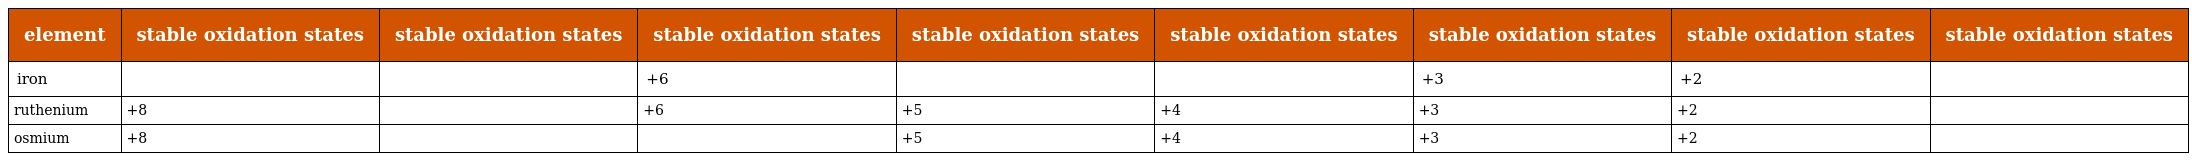
| element | stable oxidation states | stable oxidation states | stable oxidation states | stable oxidation states | stable oxidation states | stable oxidation states | stable oxidation states | stable oxidation states |
 | --- | --- | --- | --- | --- | --- | --- | --- | --- |
 | iron |  |  | +6 |  |  | +3 | +2 |  |
 | ruthenium | +8 |  | +6 | +5 | +4 | +3 | +2 |  |
 | osmium | +8 |  |  | +5 | +4 | +3 | +2 |  |